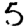
Digit: 5